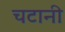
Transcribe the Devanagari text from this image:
चटानी